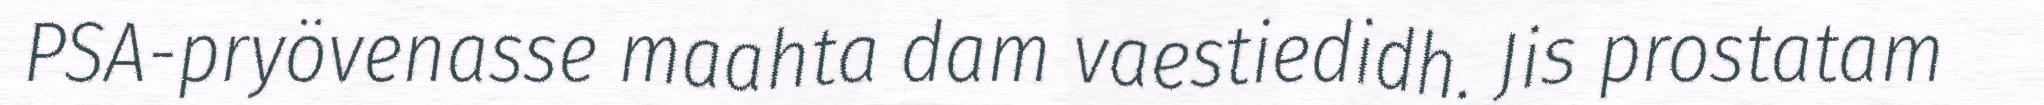
PSA-pryövenasse maahta dam vaestiedidh. Jis prostatam